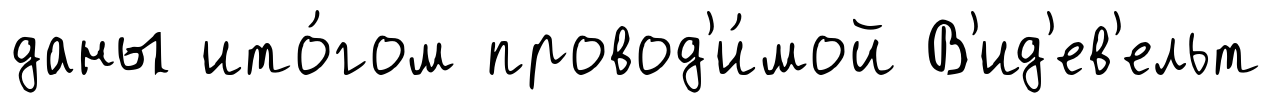
даны ито́гом провод'и́мой В'ид'ев'ельт